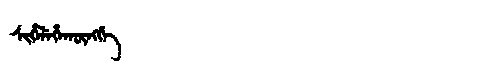
Manchu: ᠰᡳᡥᡝᠯᡝᡥᠠᡴᡡᠩᡤᡝ
Romanization: SIHELEHAKŪNGGE